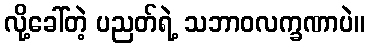
လို့ခေါ်တဲ့ ပညတ်ရဲ့ သဘာဝလက္ခဏာပဲ။